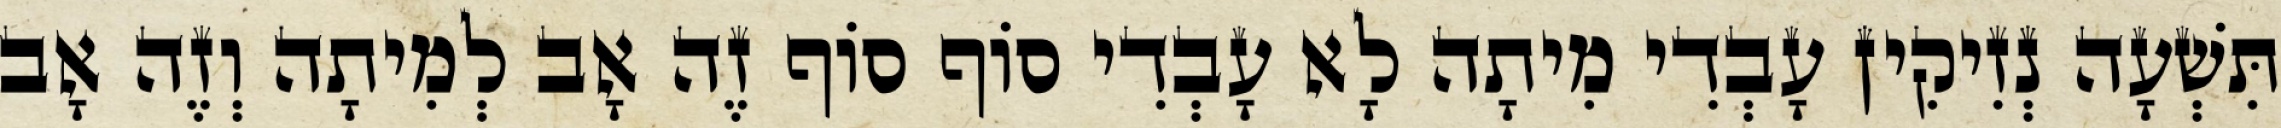
תִּשְׁעָה נְזִיקִין עָבְדִי מִיתָה לָא עָבְדִי סוֹף סוֹף זֶה אָב לְמִיתָה וְזֶה אָב